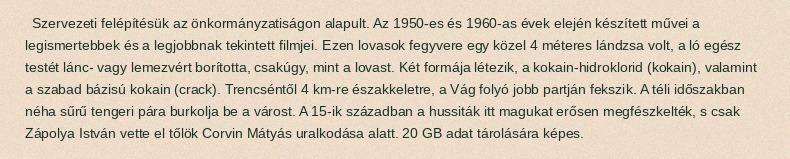
Szervezeti felépítésük az önkormányzatiságon alapult. Az 1950-es és 1960-as évek elején készített művei a legismertebbek és a legjobbnak tekintett filmjei. Ezen lovasok fegyvere egy közel 4 méteres lándzsa volt, a ló egész testét lánc- vagy lemezvért borította, csakúgy, mint a lovast. Két formája létezik, a kokain-hidroklorid (kokain), valamint a szabad bázisú kokain (crack). Trencséntől 4 km-re északkeletre, a Vág folyó jobb partján fekszik. A téli időszakban néha sűrű tengeri pára burkolja be a várost. A 15-ik században a hussiták itt magukat erősen megfészkelték, s csak Zápolya István vette el tőlök Corvin Mátyás uralkodása alatt. 20 GB adat tárolására képes.